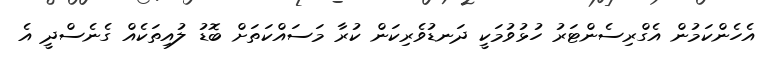
އެހެންކަމުން އެގްރިސެންޓަރު ހުޅުވުމަކީ ދަނޑުވެރިކަން ކުރާ މަސައްކަތަށް ބޮޑު ލުއިތަކެއް ގެނެސްދީ އެ